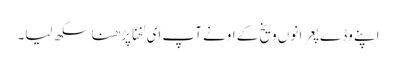
اپنے وڈے پعرا نوں ویخ کے اونے آپ ای لخنا پڑھنا سکھ لیا۔